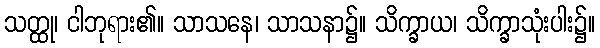
သတ္ထု၊ ငါဘုရား၏။ သာသနေ၊ သာသနာ၌။ သိက္ခာယ၊ သိက္ခာသုံးပါး၌။